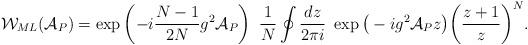
LaTeX: \begin{align*}{\cal W}_{ML}({\cal A}_P)=\exp \left(- i \frac{N-1}{2N} g^2 {\cal A }_P \right)~\frac{1}{N}\oint\frac{dz}{2 \pi i}~\exp \big( - i g^2 {\cal A }_P z \big)\bigg( \frac{z+1}{z} \bigg)^N.\end{align*}